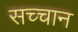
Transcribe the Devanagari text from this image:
सच्चान